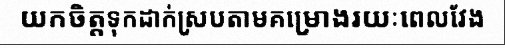
យកចិត្តទុកដាក់ស្របតាមគម្រោងរយៈពេលវែង